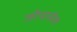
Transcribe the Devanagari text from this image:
जोपासेल